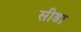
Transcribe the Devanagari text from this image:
सीडा